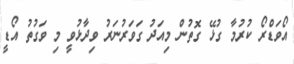
އޯވަޑްރޯ ކުރުމާ ގުޅޭ ގޮތުން މިއަދު ގަވަރުނަރު ވިދާޅުވީ މި ވަގުތު އޯޑީ